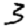
Digit: 3